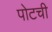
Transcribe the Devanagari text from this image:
पोटची